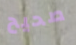
صحيح